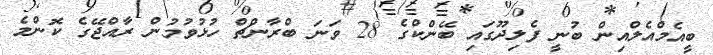
ބީއެމްއެލްއިން ބުނީ ފެލިދޫގައި ބޭންކްގެ 28 ވަނަ ބްރާންޗް ހުޅުވުމުން ރާއްޖޭގެ ކޮންމެ